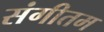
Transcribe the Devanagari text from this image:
संगीतम